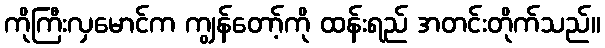
ကိုကြီးလှမောင်က ကျွန်တော့်ကို ထန်းရည် အတင်းတိုက်သည်။